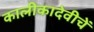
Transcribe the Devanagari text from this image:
कालीकादेवीचें